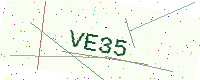
Text: VE35